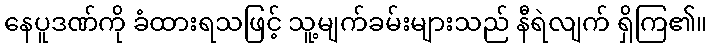
နေပူဒဏ်ကို ခံထားရသဖြင့် သူ့မျက်ခမ်းများသည် နီရဲလျက် ရှိကြ၏။